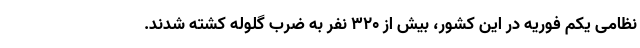
نظامی یکم فوریه در این کشور، بیش از 320 نفر به ضرب گلوله کشته شدند.